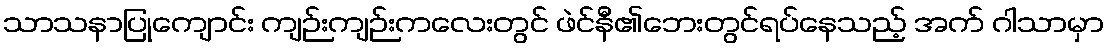
သာသနာပြုကျောင်း ကျဉ်းကျဉ်းကလေးတွင် ဖဲင်နီ၏ဘေးတွင်ရပ်နေသည့် အက် ဂါသာမှာ